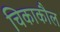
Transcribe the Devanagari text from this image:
चिकाकौल